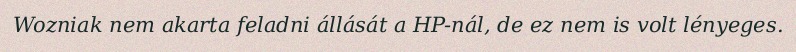
Wozniak nem akarta feladni állását a HP-nál, de ez nem is volt lényeges.